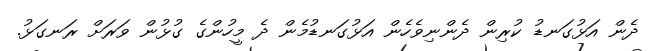
ދެން އަޅުގަނޑު ކުރިން ދެންނިވެހެން އަޅުގަނޑުމެން ދެ މީހުންގެ ގުޅުން ވަރަށް ރަނގަޅު.